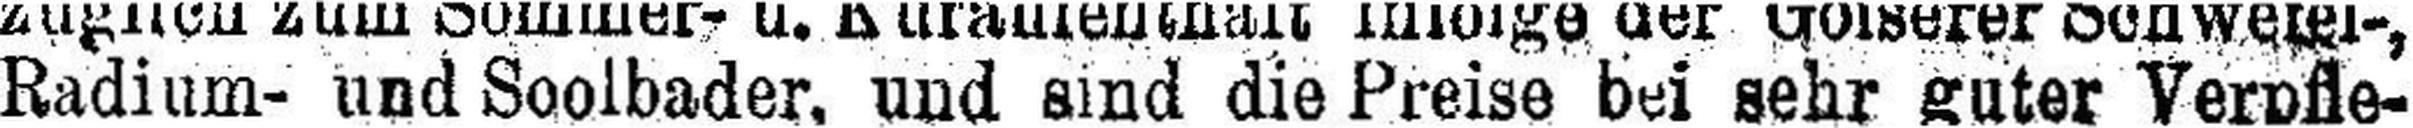
Radium- und Soolbader, und sind die Preise bei sehr guter Verpfle¬